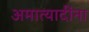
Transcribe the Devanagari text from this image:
अमात्यादींना